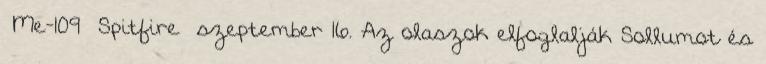
Me-109 Spitfire szeptember 16. Az olaszok elfoglalják Sollumot és